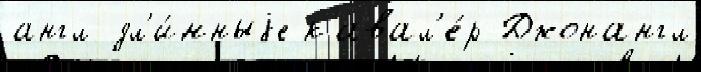
англ дл'и́нныjе кавал'е́р Джонангл